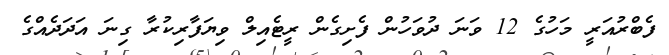
ފެބްރުއަރީ މަހުގެ 12 ވަނަ ދުވަހުން ފެށިގެން ރީޓެއިލް ވިޔަފާރިކުރާ ގިނަ އަދަދެއްގެ